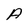
Character: A